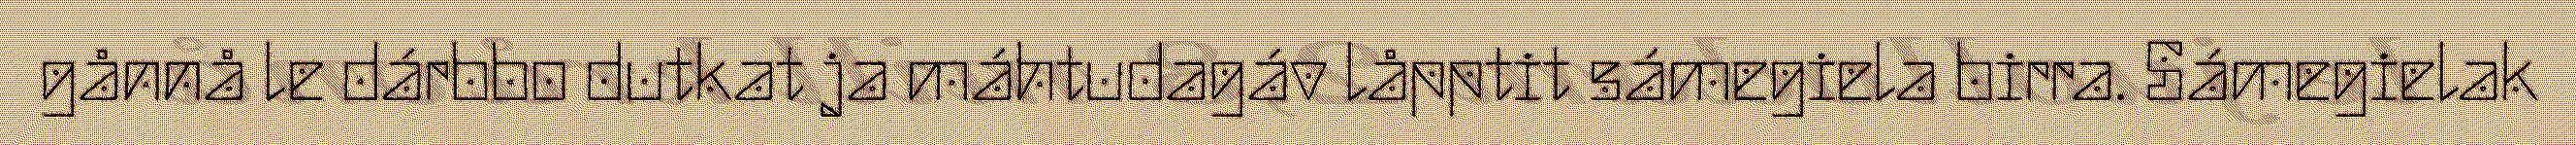
gånnå le dárbbo dutkat ja máhtudagáv låpptit sámegiela birra. Sámegielak